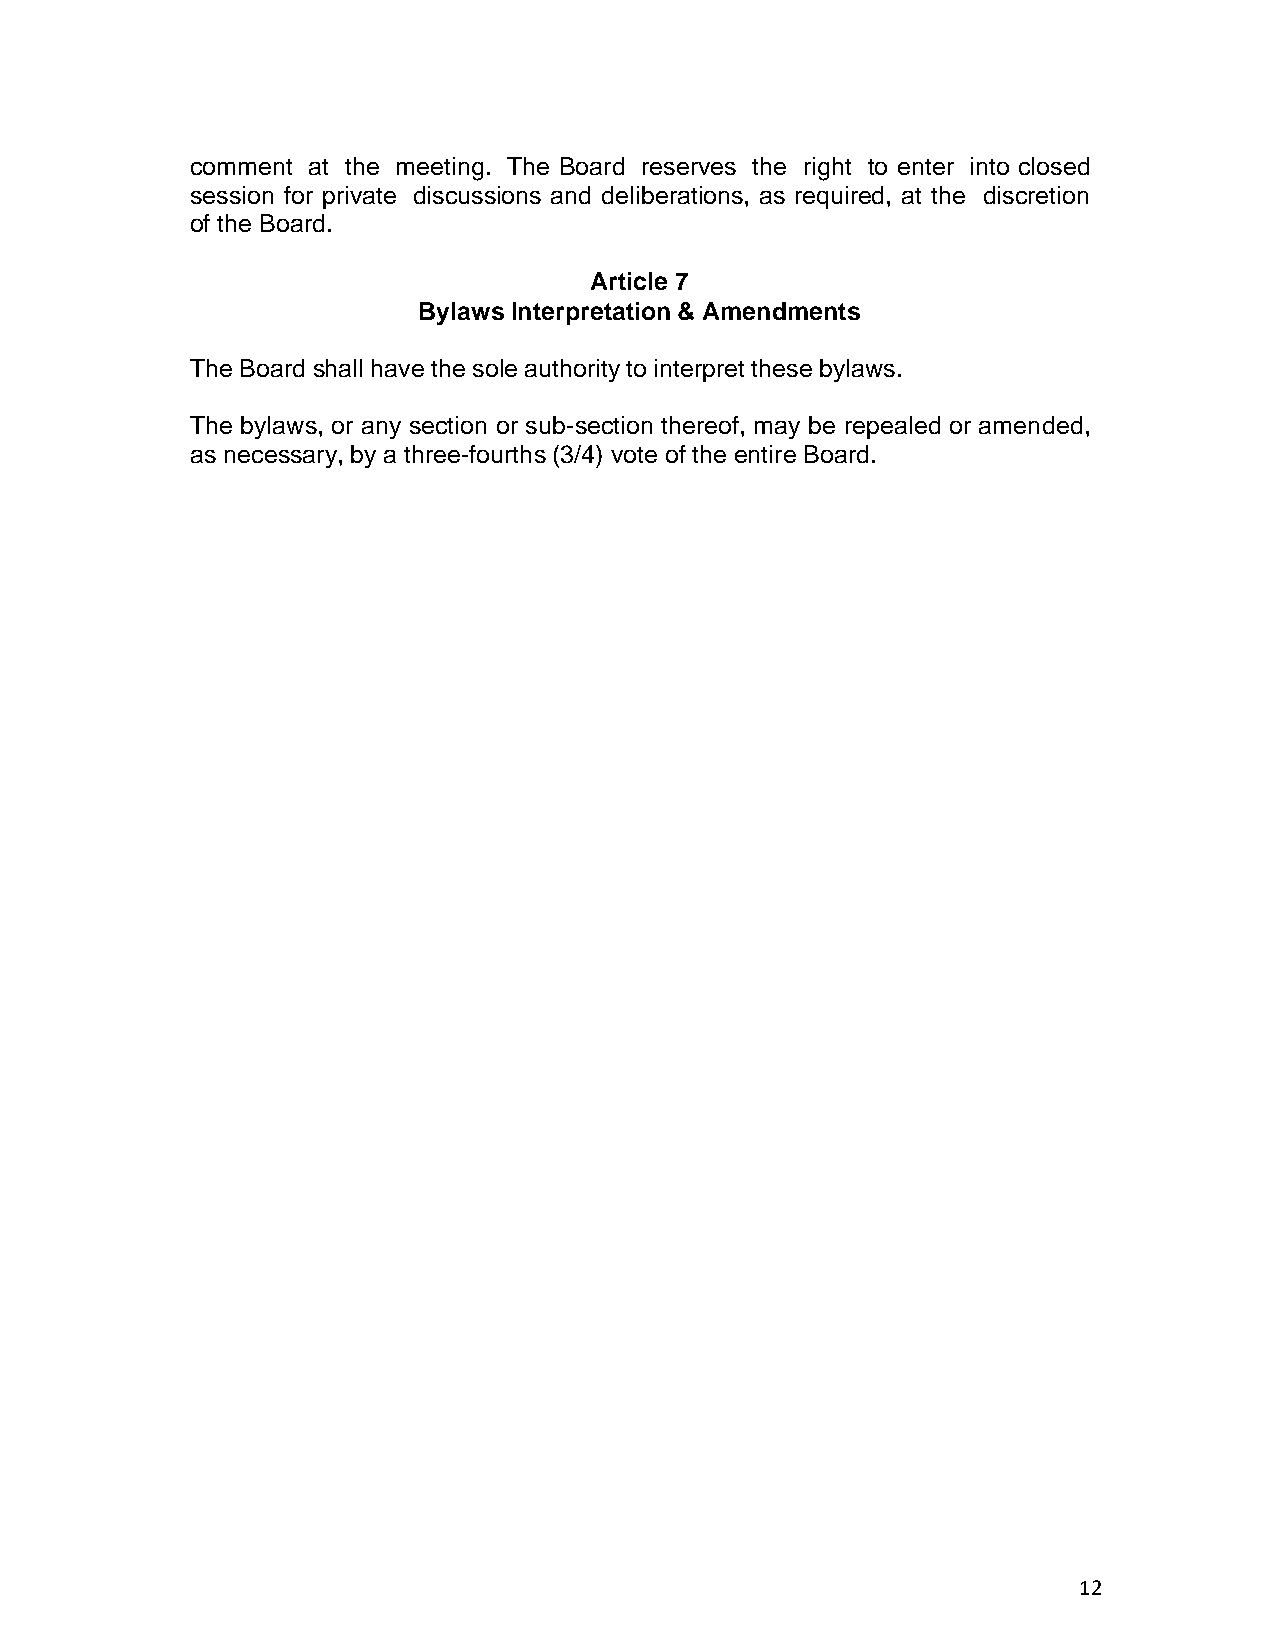
comment at the meeting. The Board reserves the right to enter into closed
 session for private discussions and deliberations, as required, at the discretion
 of the Board.
 Article 7
 Bylaws Interpretation & Amendments
 The Board shall have the sole authority to interpret these bylaws.
 The bylaws, or any section or sub-section thereof, may be repealed or amended,
 as necessary, by a three-fourths (3/4) vote of the entire Board.
 12